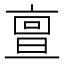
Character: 亶